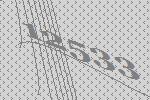
12533